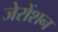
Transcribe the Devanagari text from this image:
जेरोंशन